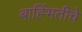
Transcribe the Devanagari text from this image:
बाह्भिंतीचे